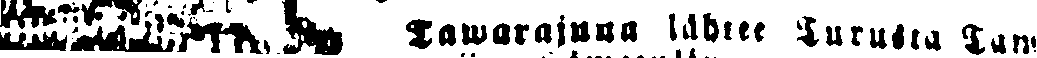
# Tawarajuna lähtee Turusta Tam